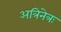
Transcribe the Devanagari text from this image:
अत्रिनेत्रः